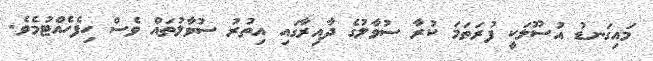
މައިގަނޑު އުސޫލަކީ ފުރަތަމަ ކުރާ ސުވާލުގެ ދާއިރާގައި އިތުރު ސުވާލުތައް ވެސް ހިފެހެއްޓުމެވެ.